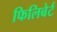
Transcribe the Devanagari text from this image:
फिलिबेर्ट